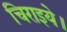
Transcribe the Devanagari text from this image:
चिराइये।